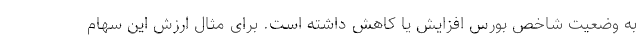
به وضعیت شاخص بورس افزایش یا کاهش داشته است. برای مثال ارزش این سهام